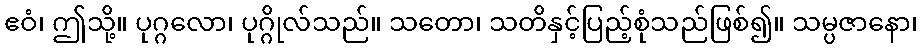
ဧဝံ၊ ဤသို့။ ပုဂ္ဂလော၊ ပုဂ္ဂိုလ်သည်။ သတော၊ သတိနှင့်ပြည့်စုံသည်ဖြစ်၍။ သမ္ပဇာနော၊